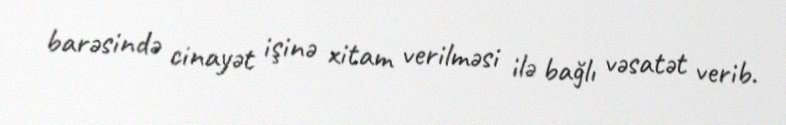
barəsində cinayət işinə xitam verilməsi ilə bağlı vəsatət verib.